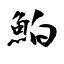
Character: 鮊